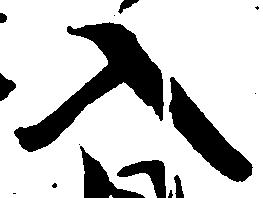
入